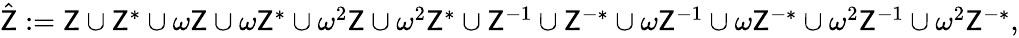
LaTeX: \begin{array}{r}{\hat{\mathsf{Z}}:=\mathsf{Z}\cup\mathsf{Z}^{*}\cup\omega\mathsf{Z}\cup\omega\mathsf{Z}^{*}\cup\omega^{2}\mathsf{Z}\cup\omega^{2}\mathsf{Z}^{*}\cup\mathsf{Z}^{-1}\cup\mathsf{Z}^{-*}\cup\omega\mathsf{Z}^{-1}\cup\omega\mathsf{Z}^{-*}\cup\omega^{2}\mathsf{Z}^{-1}\cup\omega^{2}\mathsf{Z}^{-*},}\end{array}